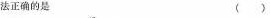
法正确的是 （）